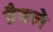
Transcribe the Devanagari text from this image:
ब्रैक्ले